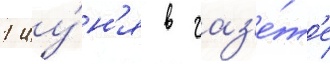
1 иу́н'я в газ'е́т'е